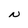
Character: N